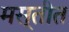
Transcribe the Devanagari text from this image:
मस्तीत